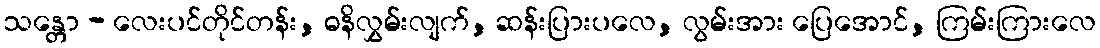
သန္တော - လေးပင်တိုင်တန်း, ဓနိလွှမ်းလျက်, ဆန်းပြားပလေ, လွမ်းအား ပြေအောင်, ကြမ်းကြားလေ